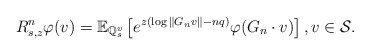
\begin{align*}R_{s, z}^n \varphi(v) =\mathbb{E}_{\mathbb{Q}_{s}^{v}} \left[ e^{ z( \log \|G_n v\| - nq ) } \varphi(G_n \cdot v) \right],v \in \mathcal{S}. \end{align*}